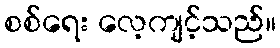
စစ်ရေး လေ့ကျင့်သည်။